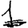
Digit: 1